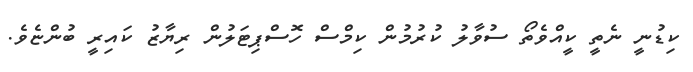
ކިޑުނީ ނެތީ ކީއްވެތޯ ސުވާލު ކުރުމުން ކިމްސް ހޮސްޕިޓަލުން ރިޔާޒު ކައިރީ ބުންޏެވެ.